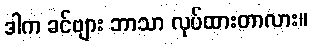
ဒါက ခင်ဗျား ဘာသာ လုပ်ထားတာလား။